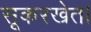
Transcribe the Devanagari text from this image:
सूकरखेत।